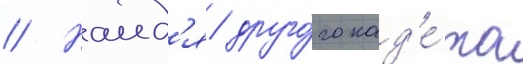
// Наид'я друго́го кад'е́та